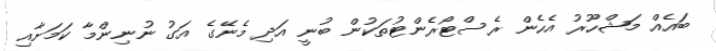
ބައެއް މަޝްހޫރު އެހެން ރެސްޓޯރެންޓުތަކުން ބުނީ އަދި މެނޭގެ އަގު ނުނިންމާ ކަމަށާއި